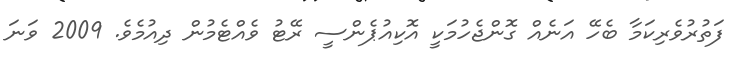
ފަތުރުވެރިކަމާ ބެހޭ އަނެއް ގޮންޖެހުމަކީ އޮކިއުޕެންސީ ރޭޓު ވެއްޓެމުން ދިއުމެވެ. 2009 ވަނަ